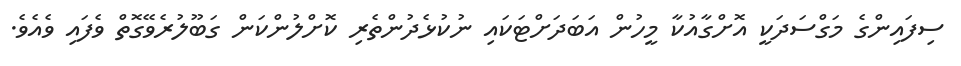
ސިފައިންގެ މަގްސަދަކީ އޮށްގާއުކާ މީހުން އަބަދަށްޓަކައި ނުކުޅެދުންތެރި ކޮށްލުންކަން ގަބޫލުރެވޭގޮތް ވެފައި ވެއެވެ.